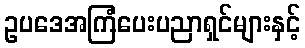
ဥပဒေအကြံပေးပညာရှင်များနှင့်